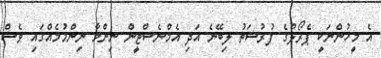
އެ މީހުންނަކީ ޕެރޯލްގެ ފުރުސަތު ލިބޭނެ އަދި އެމްނެސްޓީން ނިންމާ ނިންމުމެއްގައި ވެސް